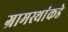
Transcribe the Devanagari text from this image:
ग्रामस्थांकडे